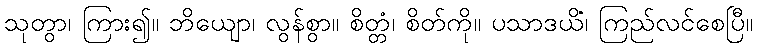
သုတွာ၊ ကြား၍။ ဘိယျော၊ လွန်စွာ။ စိတ္တံ၊ စိတ်ကို။ ပသာဒယိံ၊ ကြည်လင်စေပြီ။